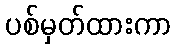
ပစ်မှတ်ထားကာ